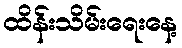
ထိန်းသိမ်းရေးနေ့